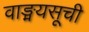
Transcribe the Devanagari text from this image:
वाङ्मयसूची